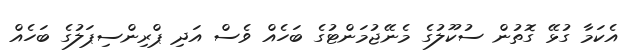
އެކަމާ ގުޅޭ ގޮތުން ސުކޫލުގެ މެނޭޖުމަންޓުގެ ބަހެއް ވެސް އަދި ޕްރިންސިޕަލުގެ ބަހެއް